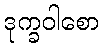
ဒုက္ခဝါစော